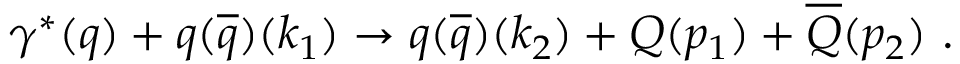
\gamma ^ { * } ( q ) + q ( \overline { { { q } } } ) ( k _ { 1 } ) \rightarrow q ( \overline { { { q } } } ) ( k _ { 2 } ) + Q ( p _ { 1 } ) + \overline { { { Q } } } ( p _ { 2 } ) ~ .